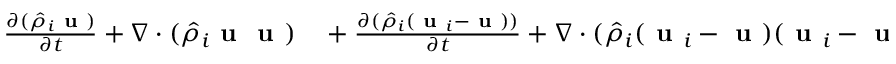
\begin{array} { r l } { \frac { \partial ( \hat { \rho } _ { i } \textbf { u } ) } { \partial t } + \nabla \cdot ( \hat { \rho } _ { i } \textbf { u } \textbf { u } ) } & { { } + \frac { \partial ( \hat { \rho } _ { i } ( \textbf { u } _ { i } - \textbf { u } ) ) } { \partial t } + \nabla \cdot ( \hat { \rho } _ { i } ( \textbf { u } _ { i } - \textbf { u } ) ( \textbf { u } _ { i } - \textbf { u } ) ) } \end{array}